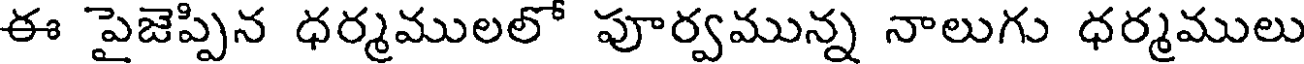
ఈ పైజెప్పిన ధర్మములలో పూర్వమున్న నాలుగు ధర్మములు